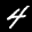
Label: 4